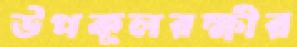
উপকূলরক্ষীর